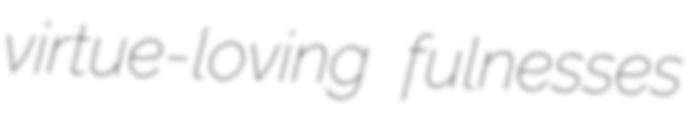
virtue-loving fulnesses